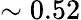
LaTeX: \sim 0.52